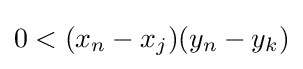
0<(x_{n}-x_{j})(y_{n}-y_{k})